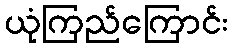
ယုံကြည်ကြောင်း